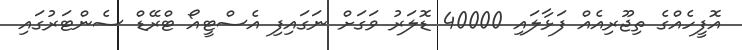
އޮފީހެއްގެ ތިޖޫރިއެއް ފަޅާލައި 40000 ޑޮލަރު ވަގަށް ނަގައިފި އެސްޓީއޯ ޓްރޭޑް ސެންޓަރުގައި